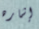
إشاره